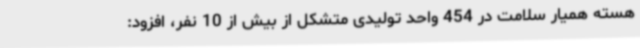
هسته همیار سلامت در 454 واحد تولیدی متشکل از بیش از 10 نفر، افزود: